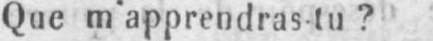
Que m’apprendras tu?